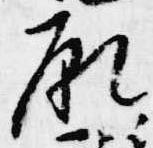
願